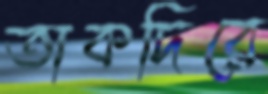
তাকদিরে